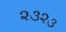
૨૩૨૩